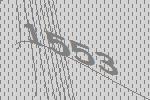
1553